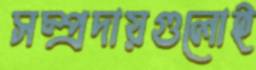
সম্প্রদায়গুলোই